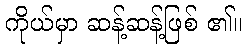
ကိုယ်မှာ ဆန့်ဆန့်ဖြစ် ၏။